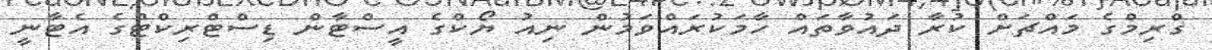
ގްރިމްގެ މައްޗަށް ކުރާ ދައުވާތައް ހާމަކުރައްވަމުން ނިއު ޔޯކްގެ އީސްޓާން ޑިސްޓްރިކްޓްގެ އެޓާނީ